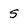
Character: 5